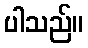
ပါသည်။